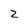
Character: 2